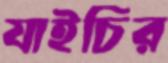
যাইচির